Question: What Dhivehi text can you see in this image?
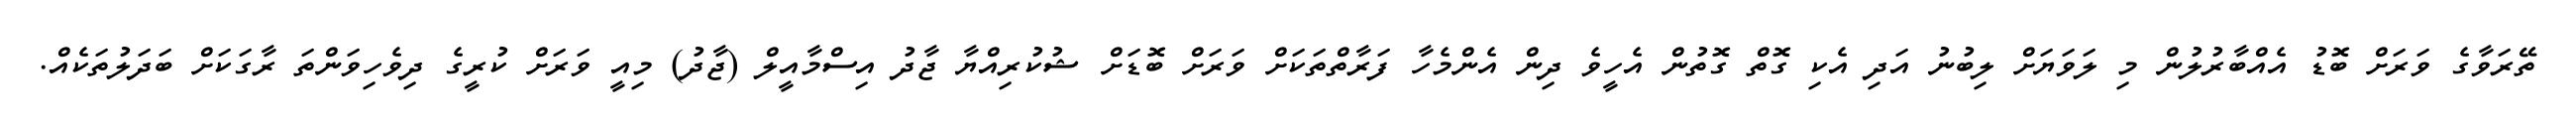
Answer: ތޭރަވާގެ ވަރަށް ބޮޑު އެއްބާރުލުން މި ލަވަޔަށް ލިބުނު އަދި އެކި ގޮތް ގޮތުން އެހީވެ ދިން އެންމެހާ ފަރާތްތަކަށް ވަރަށް ބޮޑަށް ޝުކުރިއްޔާ ޖާދު އިސްމާއީލް (ޖާދު) މިއީ ވަރަށް ކުރީގެ ދިވެހިވަންތަ ރާގަކަށް ބަދަލުތަކެއް.